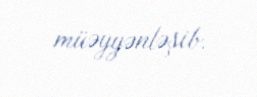
müəyyənləşib.